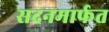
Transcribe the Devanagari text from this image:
सदनमार्फत